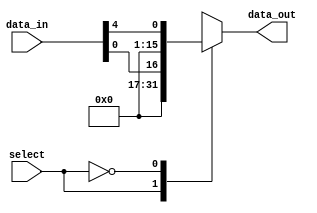
module demux_1to16 (
    input wire select,
    input wire [15:0] data_in,
    output reg [15:0] data_out
);

always @(*) begin
    case(select)
        4'b0000_0001: data_out = data_in[0];
        4'b0000_0010: data_out = data_in[1];
        4'b0000_0100: data_out = data_in[2];
        4'b0000_1000: data_out = data_in[3];
        4'b0001_0000: data_out = data_in[4];
        4'b0010_0000: data_out = data_in[5];
        4'b0100_0000: data_out = data_in[6];
        4'b1000_0000: data_out = data_in[7];
        4'b0001_0000: data_out = data_in[8];
        4'b0010_0000: data_out = data_in[9];
        4'b0100_0000: data_out = data_in[10];
        4'b1000_0000: data_out = data_in[11];
        4'b0001_0000: data_out = data_in[12];
        4'b0010_0000: data_out = data_in[13];
        4'b0100_0000: data_out = data_in[14];
        4'b1000_0000: data_out = data_in[15];
        default: data_out = 16'b0;
    endcase
end

endmodule